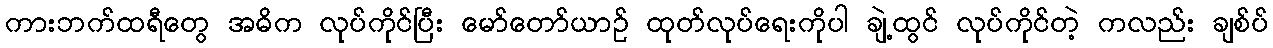
ကားဘက်ထရီတွေ အဓိက လုပ်ကိုင်ပြီး မော်တော်ယာဉ် ထုတ်လုပ်ရေးကိုပါ ချဲ့ထွင် လုပ်ကိုင်တဲ့ ကလည်း ချစ်ပ်